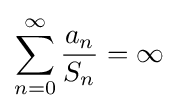
\sum _{n=0}^{\infty }{\frac {a_{n}}{S_{n}}}=\infty